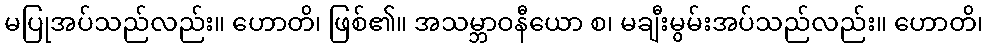
မပြုအပ်သည်လည်း။ ဟောတိ၊ ဖြစ်၏။ အသမ္ဘာဝနီယော စ၊ မချီးမွမ်းအပ်သည်လည်း။ ဟောတိ၊